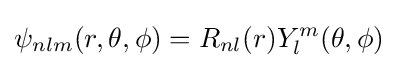
\psi _{nlm}(r,\theta ,\phi )=R_{nl}(r)Y_{l}^{m}(\theta ,\phi )